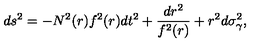
d s ^ { 2 } = - N ^ { 2 } ( r ) f ^ { 2 } ( r ) d t ^ { 2 } + \frac { d r ^ { 2 } } { f ^ { 2 } ( r ) } + r ^ { 2 } d \sigma _ { \gamma } ^ { 2 } ,